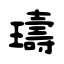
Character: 璹